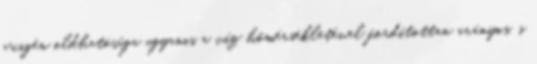
oxigén oldhatósága ugyanis a víz hőmérsékletével fordítottan arányos, s